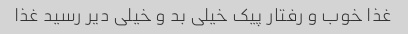
غذا خوب و رفتار پیک خیلی بد و خیلی دیر رسید غذا